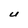
Character: U